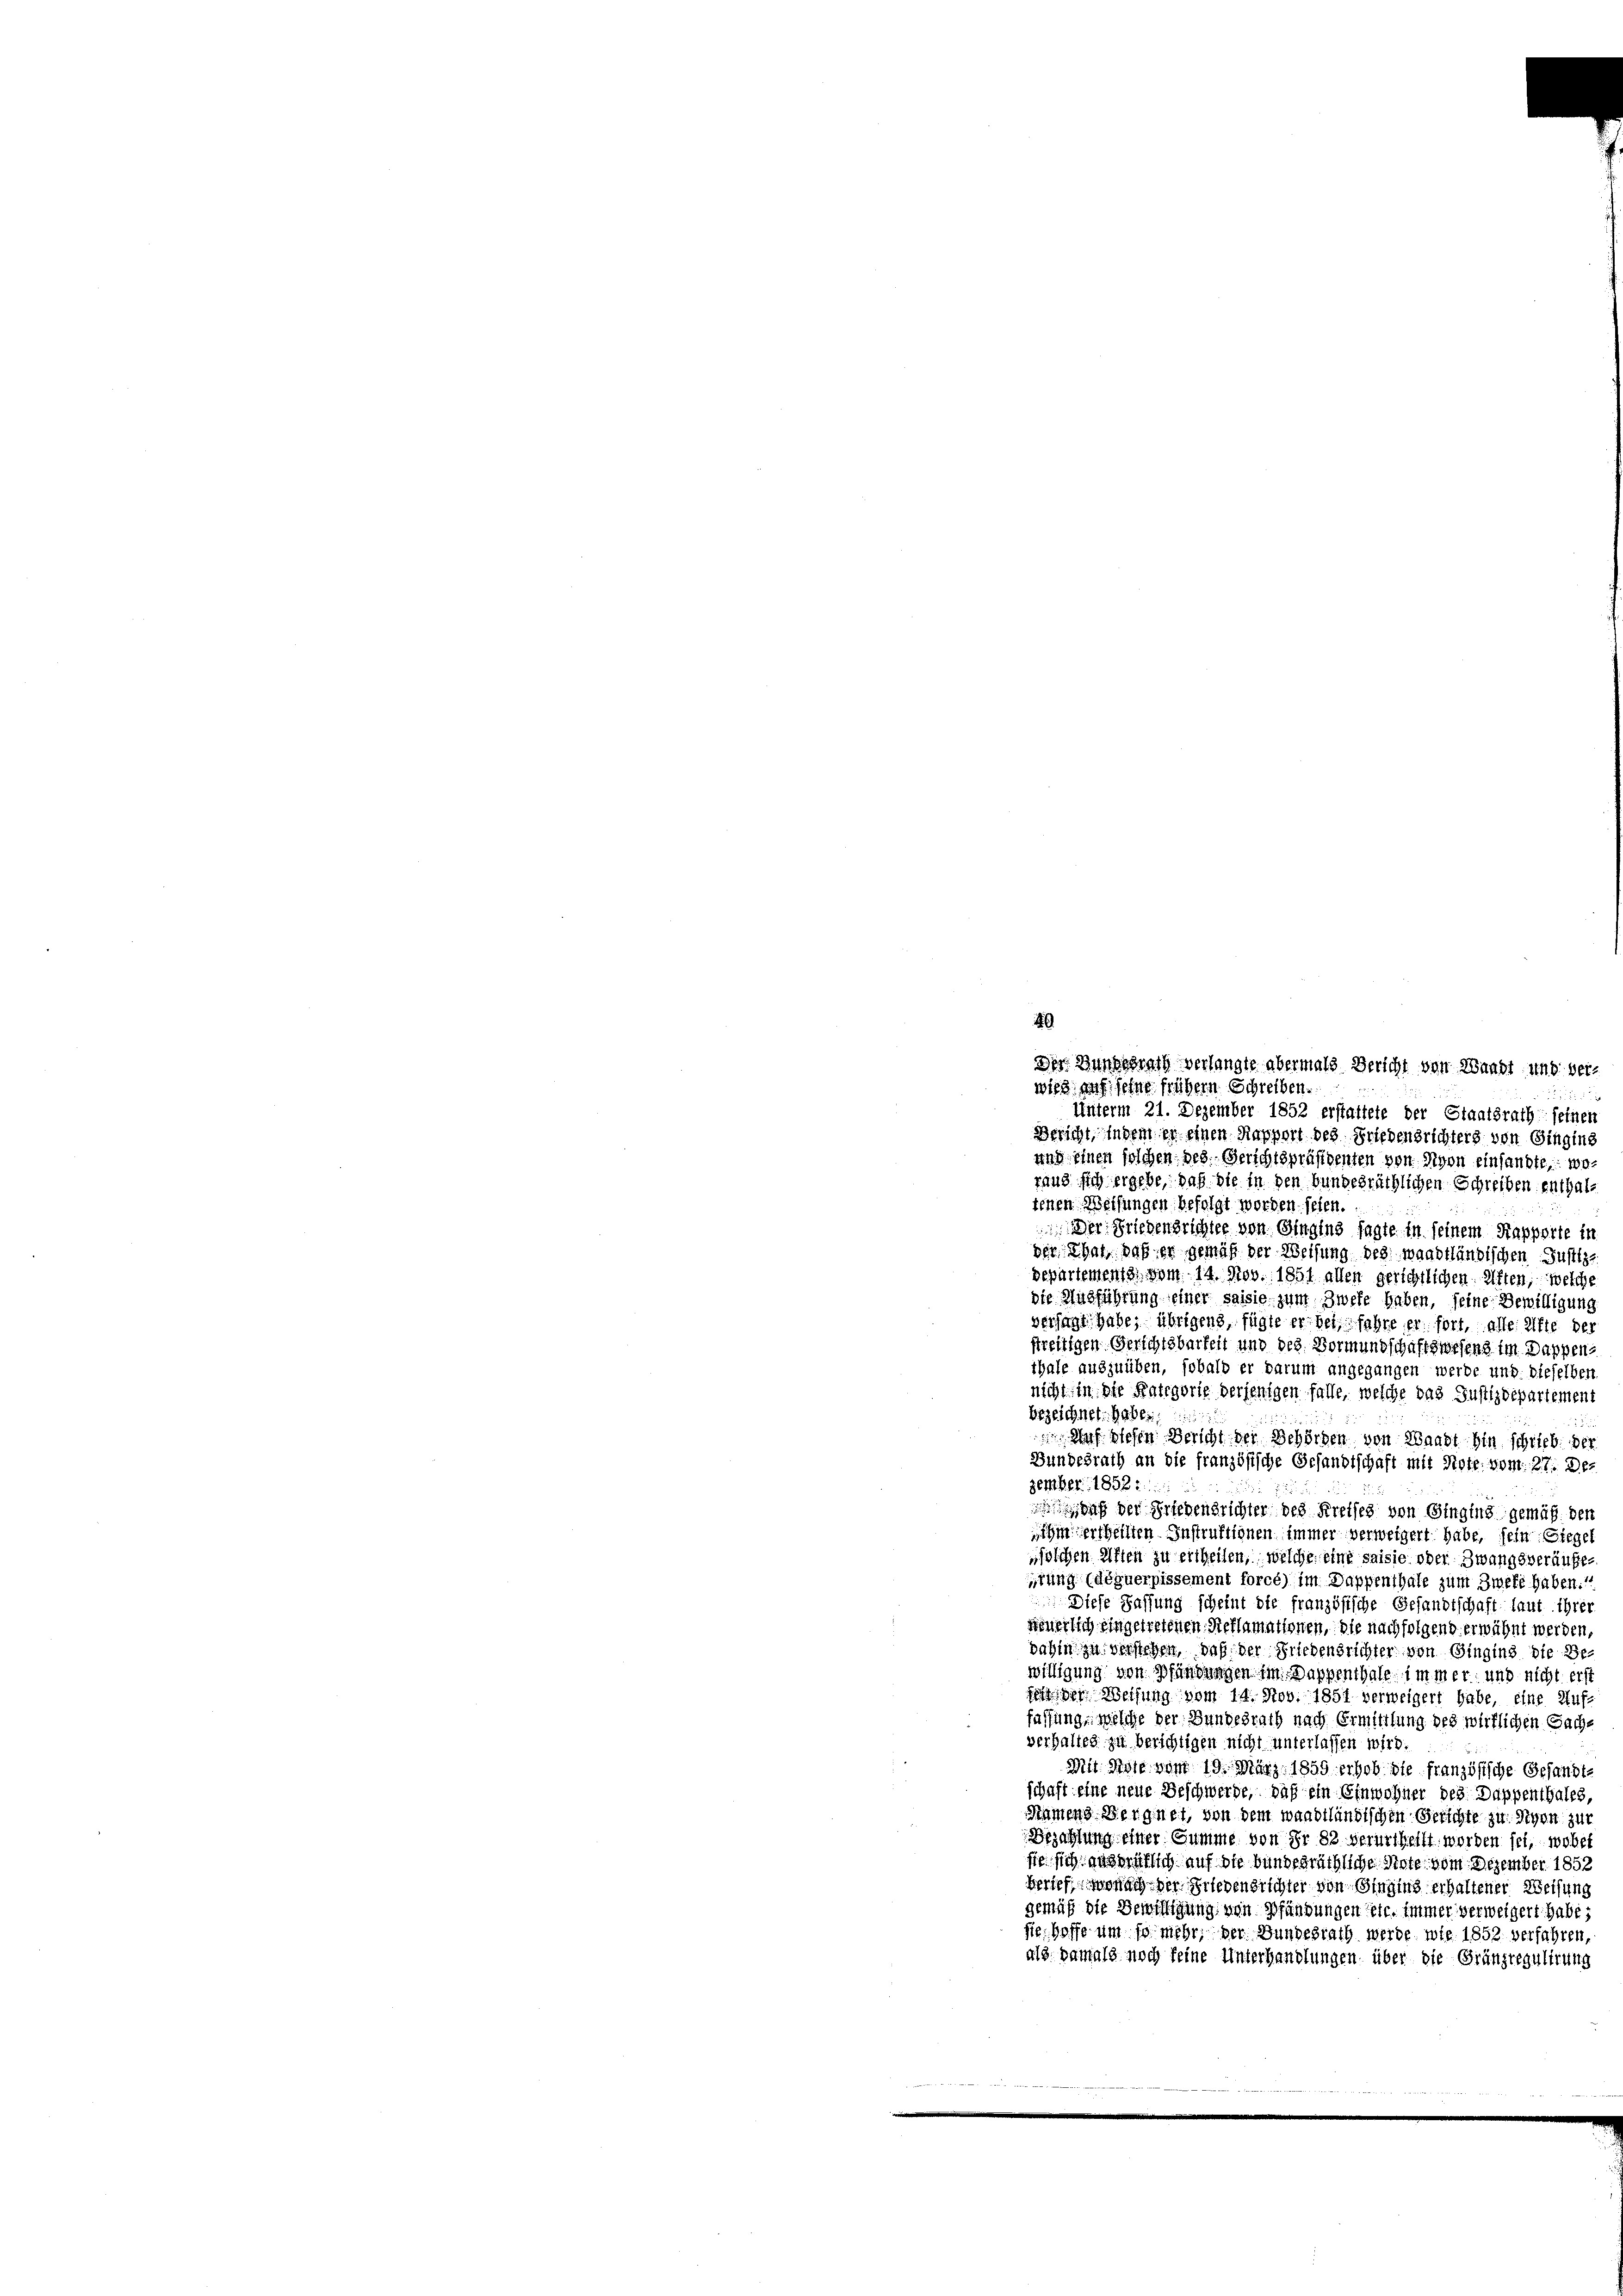
Des Bundesrath verlangte abermals Bericht von Wundt und verwiss auf seine frühern Schreiben.
Unterm 21. Dezember 1852 erstattete der Staatsrath seinen
Bericht, indem in einen Rapport des Friedensrichters von Gingins
und einen solchen Ges. Gerichtspräsidenten von Nyon einsandte, wozung sich ergebe, daß die in den bundesräthlichen Schreiben enthaltenen Weisungen befolgt worden. seien.
 Der Friedensrichter von Gingins sagte in seinem Rapporte in
der That daß er gemäß der Weisung des waadtländischen Justiz-
separtements vom 14. Nov. 1851 allen gerichtlichen Aften, welche
die Ausführung einer saisie zum Zweke haben, seine Bewilligung
versagt habe, übrigens, fügte er bei fahre er fort, alle Mitte der
streitigen Gerichtsbarkeit und des Vormundschaftswesens im Dappen
thale auszuüben, sobald er darum angegangen werde und dieselben
nicht in die Kategorie derjenigen falle, welche das Justizdepartement
Bezeichnet habe.
 af diesen Bericht der Behörden von Waadt hin schrieb. der
Bundesrath an die französische Gesandtschaft mit Note vom 27. Der
zember 1858:
2
 daß der Friedensrichter des Kreises von Ginging gemäß den
ihm ertheilten Instruktionen immer verweigert habe, sein Giegel
solchen Aften zu ertheilen, welche eine saisie oder Zwangsveräufesrang (déguerpissement forcé) im Dappenthale zum Zwekt haben.1
Diese Fassung scheint die französische Gefandtschaft laut ihrer
feuerlich eingetretenen Steflamationen, die nachfolgend erwähnt werden,
dahin zu verstehen, daß der Friedensrichter von Ginging die Bewilligung von Pfändungen im Dappenthale immer und nicht erst
 der Weisung vom 14. Nob. 1851 verweigert habe, eine Auf-
fassung, welche der Handesrath nach Ermittlung des wirklichen Sachverhalten zu berichtigen nicht unterlassen wird.
Mit Stole vom 19. März 1859 erhob die französische Gesandtschaft eine neue Beschwerde, daß ein Einwohner des Dappenthales
Namens Bergnet, von dem waadtländischen Gerichte zu Siven zur
Bezahlung einer Summe von Sr 82 verurtheilt worden sei, wobei
sie sich angerätlich auf die bundesräthliche Note vom Dezember 1852
berief, wonach der Friedensrichter von Singing erhaltener Weisung
gemäß die Bewilligung von Pfändungen etc. immer verweigert habe i
sie hoffe um so mehr, der Bundesrath werde. wie 1852 verfahren,
als damals noch keine Unterhandlungen über die Gränzregulirung

4